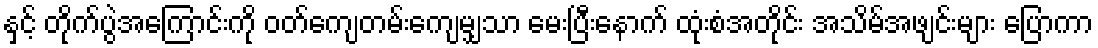
နှင့် တိုက်ပွဲအကြောင်းကို ဝတ်ကျေတမ်းကျေမျှသာ မေးပြီးနောက် ထုံးစံအတိုင်း အသိမ်အဖျင်းများ ပြောကာ